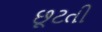
છૂટતી